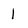
Character: 1